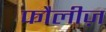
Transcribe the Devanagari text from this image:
फौलीज़